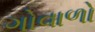
ગોવાળો